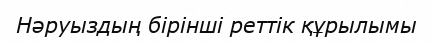
Нәруыздың бірінші реттік құрылымы